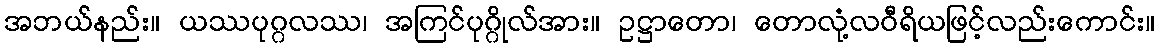
အဘယ်နည်း။ ယဿပုဂ္ဂလဿ၊ အကြင်ပုဂ္ဂိုလ်အား။ ဥဋ္ဌာတော၊ တောလုံ့လဝီရိယဖြင့်လည်းကောင်း။